Leaving Certificate Examination, 1918
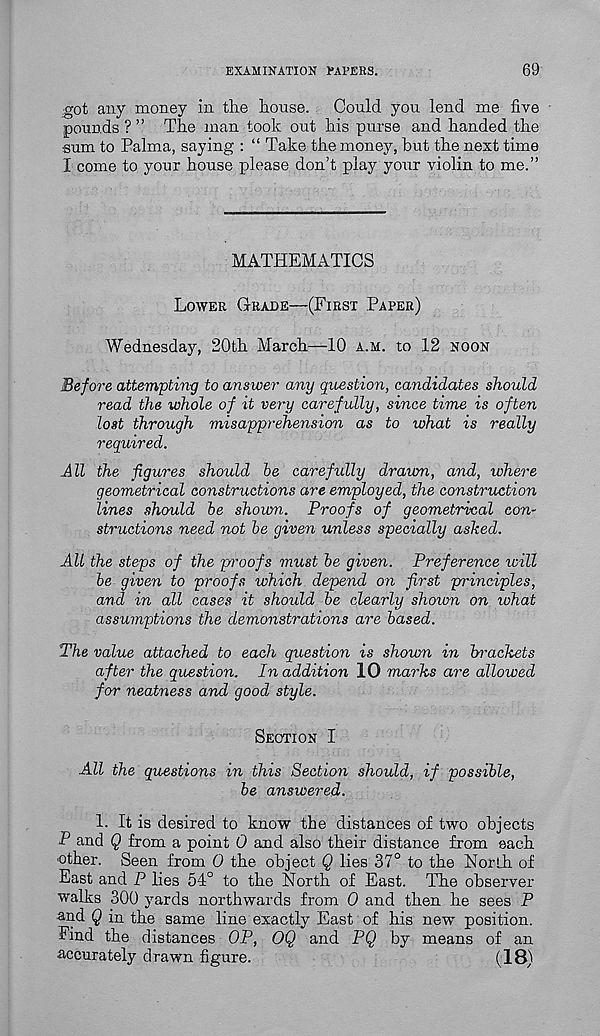
EXAMINATION PAPERS.
69
got any money in the house.
Could you lend me five
pounds ? ” The man took out his purse and handed the
sum to Palma, saying : “ Take the rnonej 7 ', but the next time
I come to your house please don’t play your violin to me.”
MATHEMATICS
Lower Grade—(First Paper)
Wednesday, 20th March—10 a.m. to 12 noon
Before attempting to answer any question, candidates should
read the whole of it very carefully, since time is often
lost through misapprehension as to what is really
required.
All the figures should be carefully drawn, and, where
geometrical constructions are employed, the construction
lines should be shown. Proofs of geometrical con-
structions need not be given unless specially asked.
All the steps of the proofs must be given. Preference ivill
be given to proofs which depend on first principles,
and in all cases it should be clearly shoivn on ivhat
assumptions the demonstrations are based.
The value attached to each question is shown in brackets
after the question. In addition 10 marks are allowed
for neatness and good style.
Section I
All the questions in this Section should, if possible,
be answered.
1. It is desired to know the distances of two objects
P and Q from a point 0 and also their distance from each
■ other. Seen from 0 the object Q lies 37° to the North of
East and P lies 54° to the North of East. The observer
walks 300 yards northwards from 0 and then he sees P
and Q in the same line exactly East of his new position.
Find the distances OP, OQ and PQ by means of an
accurately drawn figure.
(18)